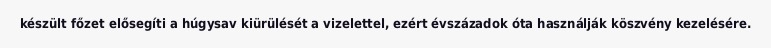
készült főzet elősegíti a húgysav kiürülését a vizelettel, ezért évszázadok óta használják köszvény kezelésére.